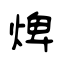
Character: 焷